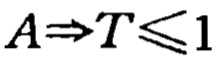
$A\Rightarrow T\leqslant1$